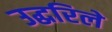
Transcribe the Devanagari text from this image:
उद्धरिले